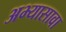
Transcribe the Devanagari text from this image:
अभ्यासावा